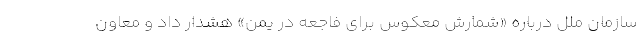
سازمان ملل درباره «شمارش معکوس برای فاجعه در یمن» هشدار داد و معاون